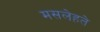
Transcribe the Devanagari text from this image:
मसलेहते